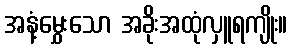
အနံ့မွှေးသော အခိုးအထုံလှူရကျိုး။